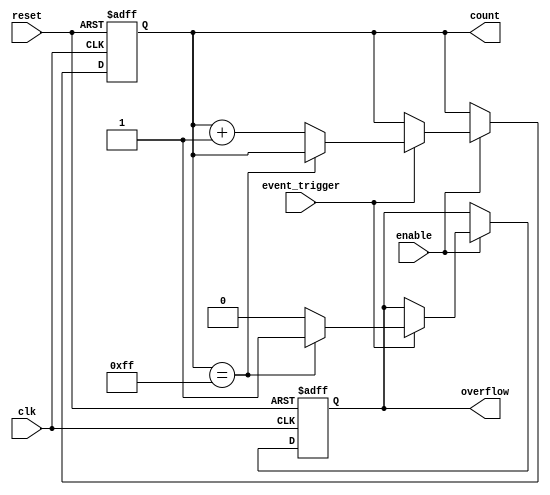
module event_triggered_counter (
    input wire clk,            // Clock signal
    input wire reset,          // Asynchronous reset signal
    input wire enable,         // Enable signal for counting
    input wire event_trigger,   // Event trigger signal
    output reg [N-1:0] count,  // N-bit count output
    output reg overflow        // Overflow indicator
);

parameter N = 8; // Define the size of the count register (8 bits by default)

always @(posedge clk or posedge reset) begin
    if (reset) begin
        count <= 0;           // Reset the count to zero
        overflow <= 0;        // Clear overflow indicator
    end else if (enable) begin
        if (event_trigger) begin
            if (count == {N{1'b1}}) begin // Check for overflow condition
                overflow <= 1;           // Set overflow flag
            end else begin
                count <= count + 1;     // Increment the count
                overflow <= 0;           // Clear overflow flag
            end
        end
    end
end

endmodule